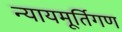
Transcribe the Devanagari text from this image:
न्यायमूर्तिगण